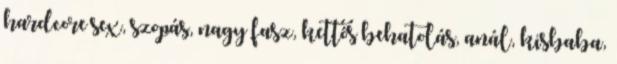
hardcore sex, szopás, nagy fasz, kettős behatolás, anál, kisbaba,